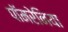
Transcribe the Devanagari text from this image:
पॉमरेनिया